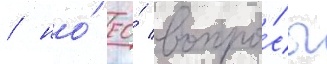
/ но́ ео́ вопро́сы